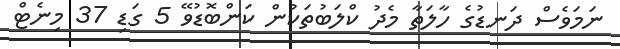
ނަމަވެސް ދަނޑުގެ ހާލަތާ މެދު ކްލަބުތަކުން ކަންބޮޑުވޭ 5 ގަޑި 37 މިނެޓް